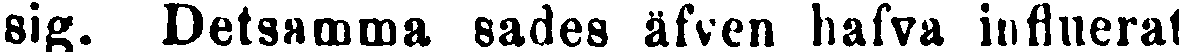
sig. Detsamma sades äfven hafva influerat